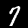
Label: 7